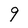
Character: 9